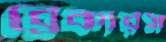
ব্রেকারস